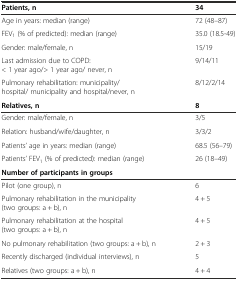
| Patients, n | 34 |
 | --- | --- |
 | Age in years: median (range) | 72 (48–87) |
 | FEV1 (% of predicted): median (range) | 35.0 (18.5-49) |
 | Gender: male/female, n | 15/19 |
 | Last admission due to COPD: < 1 year ago/> 1 year ago/ never, n | 9/14/11 |
 | Pulmonary rehabilitation: municipality/ hospital/ municipality and hospital/never, n | 8/12/2/14 |
 | Relatives, n | 8 |
 | Gender: male/female, n | 3/5 |
 | Relation: husband/wife/daughter, n | 3/3/2 |
 | Patients’ age in years: median (range) | 68.5 (56–79) |
 | Patients’ FEV1 (% of predicted): median (range) | 26 (18–49) |
 | Number of participants in groups |  |
 | Pilot (one group), n | 6 |
 | Pulmonary rehabilitation in the municipality (two groups: a + b), n | 4 + 5 |
 | Pulmonary rehabilitation at the hospital (two groups: a + b), n | 4 + 5 |
 | No pulmonary rehabilitation (two groups: a + b), n | 2 + 3 |
 | Recently discharged (individual interviews), n | 5 |
 | Relatives (two groups: a + b), n | 4 + 4 |